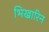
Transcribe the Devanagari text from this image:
भिखारिन